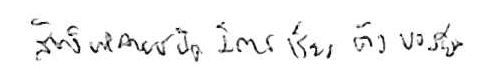
สัตว์หลายชนิดมีการเรียงตัวของยีน